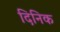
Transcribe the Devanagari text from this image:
दिनिक